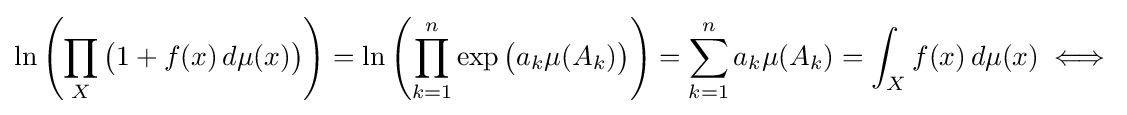
\ln \left(\prod _{X}{\big (}1+f(x)\,d\mu (x){\big )}\right)=\ln \left(\prod _{k=1}^{n}\exp {\big (}a_{k}\mu (A_{k}){\big )}\right)=\sum _{k=1}^{n}a_{k}\mu (A_{k})=\int _{X}f(x)\,d\mu (x)\iff